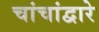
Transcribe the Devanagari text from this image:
चांचांद्वारे